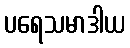
ပရေသမာဒါယ